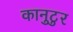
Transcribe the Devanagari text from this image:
कानुटुर